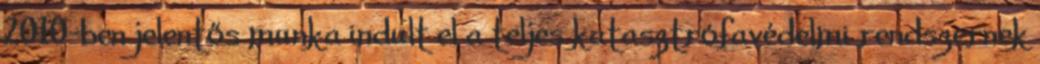
2010-ben jelentős munka indult el a teljes katasztrófavédelmi rendszernek